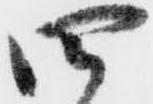
四